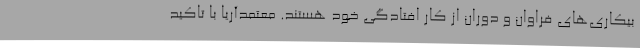
بیکاری‌های فراوان و دوران از کار افتادگی خود هستند. معتمدآریا با تاکید